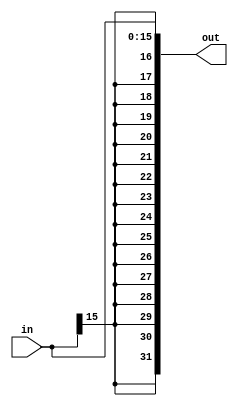
module sign_extend(
	

	input [15:0] in,
	output [31:0] out
);
	
	assign out = $signed(in);

endmodule